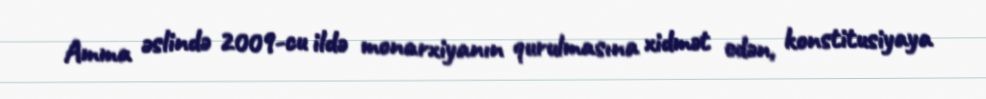
Amma əslində 2009-cu ildə monarxiyanın qurulmasına xidmət edən, konstitusiyaya